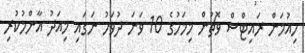
ހިއުމަން ރައިޓްސް ވޮޗުން މިމަހުގެ 10 ވަނަ ދުވަހު ނަގައި މިއަދު އާންމުކުރި